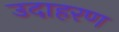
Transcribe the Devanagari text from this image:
उदाहरण